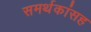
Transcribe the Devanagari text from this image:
समर्थकांसह